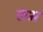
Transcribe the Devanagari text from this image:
लभ